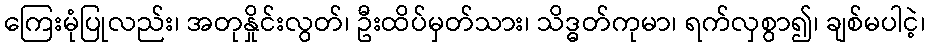
ကြေးမုံပြုလည်း၊ အတုနှိုင်းလွတ်၊ ဦးထိပ်မှတ်သား၊ သိဒ္ဓတ်ကုမာ၊ ရက်လှစွာ၍၊ ချစ်မပါငဲ့၊